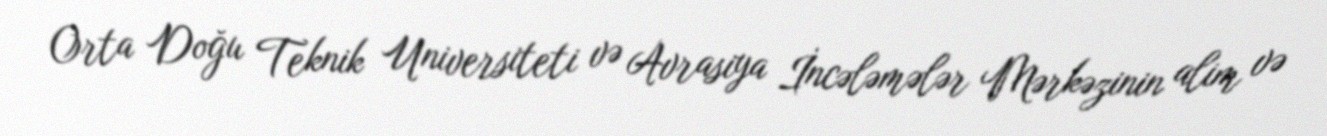
Orta Doğu Teknik Universiteti və Avrasiya İncələmələr Mərkəzinin alim və